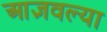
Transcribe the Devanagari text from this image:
आज्ञवल्या